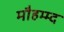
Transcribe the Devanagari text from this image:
मौहम्म्द